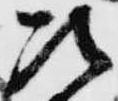
次